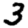
Digit: 3